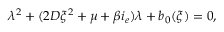
\lambda ^ { 2 } + ( 2 D \xi ^ { 2 } + \mu + \beta i _ { e } ) \lambda + b _ { 0 } ( \xi ) = 0 ,